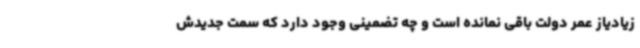
زیادیاز عمر دولت باقی نمانده است و چه تضمینی وجود دارد که سمت جدیدش